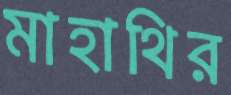
মাহাথির